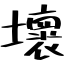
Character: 壞